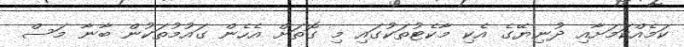
ކަމެއްކަމަށާއި ދުނިޔޭގެ އެކި މާކެޓުތަކުގައި މި ގޮތަށް އެހެން ގައުމުތަކުން ބާނާ މަސް